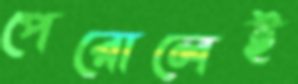
পেরোলেই